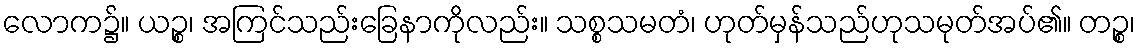
လောက၌။ ယဉ္စ၊ အကြင်သည်းခြေနာကိုလည်း။ သစ္စသမတံ၊ ဟုတ်မှန်သည်ဟုသမုတ်အပ်၏။ တဉ္စ၊